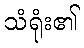
သံရုံး၏